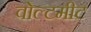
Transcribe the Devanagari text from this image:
वोल्टमीट